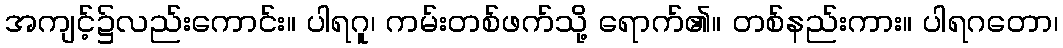
အကျင့်၌လည်းကောင်း။ ပါရဂူ၊ ကမ်းတစ်ဖက်သို့ ရောက်၏။ တစ်နည်းကား။ ပါရဂတော၊